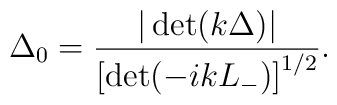
\Delta_{0}=\frac{|\det(k\Delta)|}{\left[\det(-ikL_{-})\right]^{1/2}}.